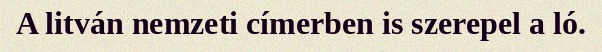
A litván nemzeti címerben is szerepel a ló.